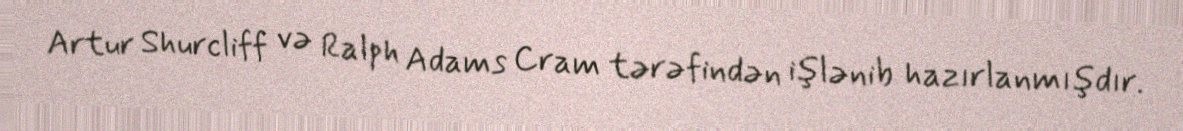
Artur Shurcliff və Ralph Adams Cram tərəfindən işlənib hazırlanmışdır.